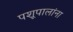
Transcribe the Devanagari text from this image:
पशूपालांना